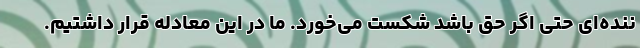
ننده‌ای حتی اگر حق باشد شکست می‌خورد. ما در این معادله قرار داشتیم.